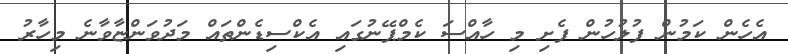
އެހެން ކަމުން ފުލުހުން ފެށި މި ހާއްސަ ކެމްޕޭނުގައި އެކްސިޑެންތައް މަދުވަންޏާވާނެ މިހާރު